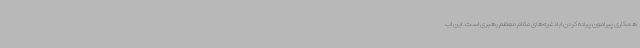
همکاری پیرامون پیاده کردن ابلاغیه‌های مقام معظم رهبری است. این اب